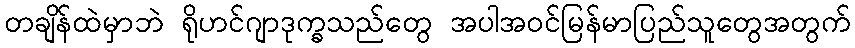
တချိန်ထဲမှာဘဲ ရိုဟင်ဂျာဒုက္ခသည်တွေ အပါအဝင်မြန်မာပြည်သူတွေအတွက်